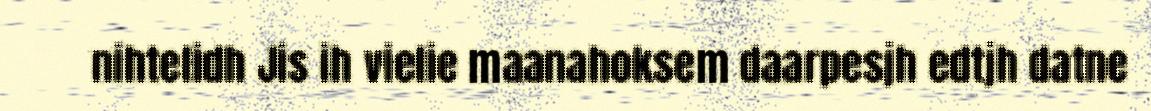
nihtelidh Jis ih vielie maanahoksem daarpesjh edtjh datne